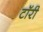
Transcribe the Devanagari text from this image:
टॉरी